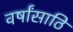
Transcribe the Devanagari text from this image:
वर्षांसाठि